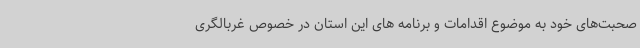
صحبت‌های خود به موضوع اقدامات و برنامه های این استان در خصوص غربالگری